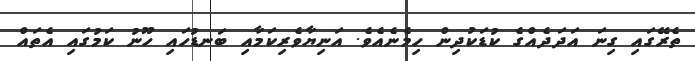
ތެރޭގައި ގިނަ އަދަދެއްގެ ކުޑަކުދިން ހިމެނެއެވެ. އަނިޔާވެރިކަމާއި ބަނޑުހައި ހޫނު ކަމުގައި އެތައް